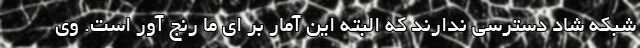
شبکه شاد دسترسی ندارند که البته این آمار بر ای ما رنج آور است. وی